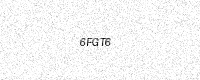
Text: 6FGT6